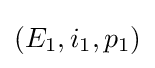
(E_{1},i_{1},p_{1})